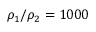
\rho _ { 1 } / \rho _ { 2 } = 1 0 0 0